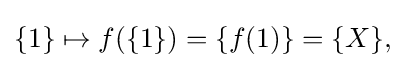
\{1\}\mapsto f(\{1\})=\{f(1)\}=\{X\},\